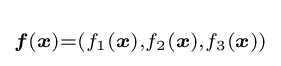
\scriptstyle {\boldsymbol {f}}({\boldsymbol {x}})=\left(f_{1}({\boldsymbol {x}}),f_{2}({\boldsymbol {x}}),f_{3}({\boldsymbol {x}})\right)